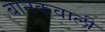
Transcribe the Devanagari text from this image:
बानकवाली